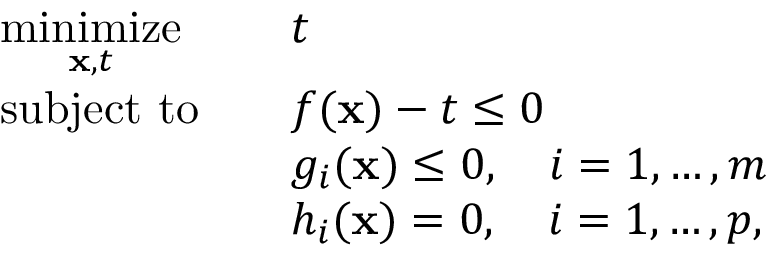
{ \begin{array} { r l r l } & { { \underset { \mathbf { x } , t } { \operatorname { m i n i m i z e } } } } & & { t } \\ & { \operatorname { s u b j e c t \ t o } } & & { f ( \mathbf { x } ) - t \leq 0 } \\ & { } & & { g _ { i } ( \mathbf { x } ) \leq 0 , \quad i = 1 , \dots , m } \\ & { } & & { h _ { i } ( \mathbf { x } ) = 0 , \quad i = 1 , \dots , p , } \end{array} }